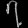
Digit: ၇